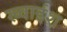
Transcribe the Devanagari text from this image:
ख्वाईश